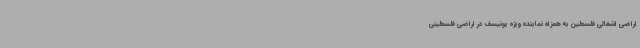
اراضی اشغالی فلسطین به همزاه نماینده ویژه یونیسف در اراضی فلسطینی